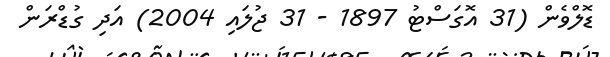
ޑޮލްވެން (31 އޮގަސްޓު 1897 - 31 ޖުލައި 2004) އަދި ގުޑްރަން